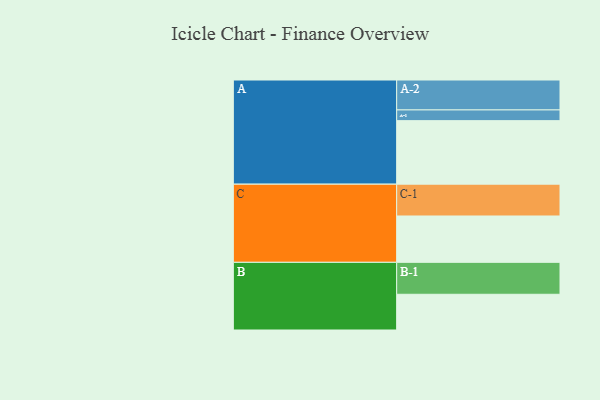
{"axis": {"x": "Segment", "y": "Value"}, "legend": ["", "A", "B", "C"], "data": [{"x": "A", "y": 569, "type": ""}, {"x": "B", "y": 320, "type": ""}, {"x": "C", "y": 415, "type": ""}, {"x": "A-1", "y": 96, "type": "A"}, {"x": "A-2", "y": 268, "type": "A"}, {"x": "B-1", "y": 286, "type": "B"}, {"x": "C-1", "y": 285, "type": "C"}]}